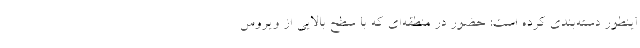
اینطور دسته‌بندی کرده است: حضور در منطقه‌ای که با سطح بالایی از ویروس